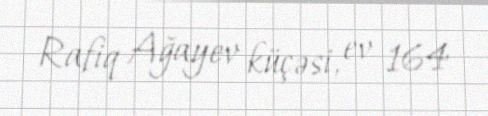
Rafiq Ağayev küçəsi, ev 164